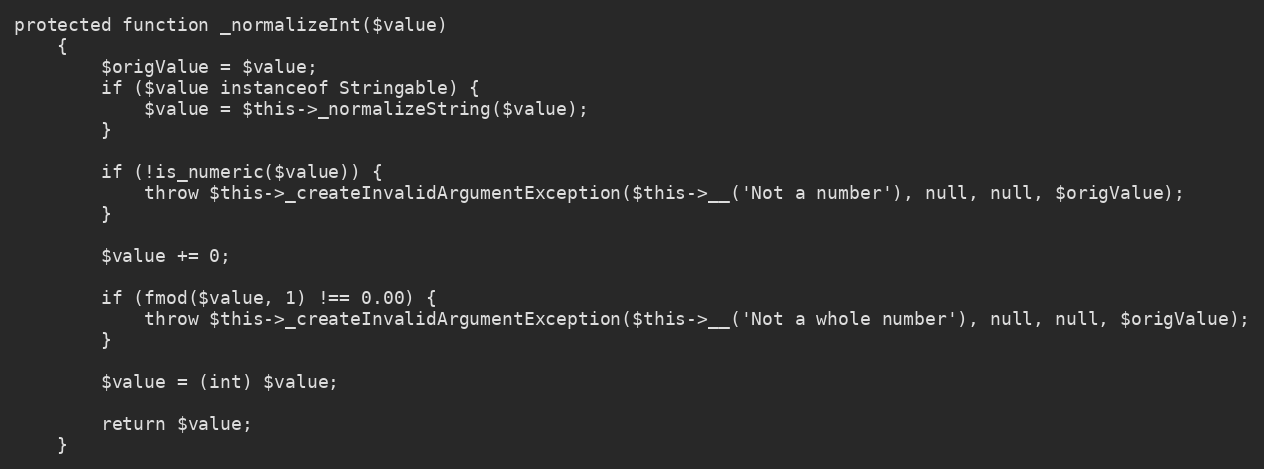
Language: PHP
protected function _normalizeInt($value)
    {
        $origValue = $value;
        if ($value instanceof Stringable) {
            $value = $this->_normalizeString($value);
        }

        if (!is_numeric($value)) {
            throw $this->_createInvalidArgumentException($this->__('Not a number'), null, null, $origValue);
        }

        $value += 0;

        if (fmod($value, 1) !== 0.00) {
            throw $this->_createInvalidArgumentException($this->__('Not a whole number'), null, null, $origValue);
        }

        $value = (int) $value;

        return $value;
    }